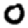
Digit: 0